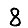
Digit: 8